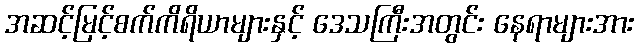
အဆင့်မြင့်စက်ကိရိယာများနှင့် ဒေသကြီးအတွင်း နေရာများအား